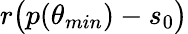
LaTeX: r\big(p(\theta_{min})-s_{0}\big)